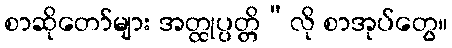
စာဆိုတော်များ အတ္ထုပ္ပတ္တိ”လို စာအုပ်တွေ။